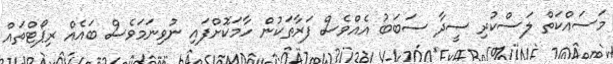
މަސައްކަތް ލަސްކުރި ސީދާ ސަބަބު އެއްވެސް ފަރާތަކުން ހާމަކޮށްފައި ނުވިނަމަވެސް ބައެއް ރިޕޯޓްތައް